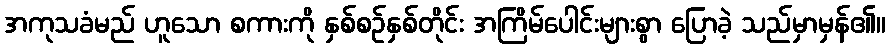
အကုသခံမည် ဟူသော စကားကို နှစ်စဉ်နှစ်တိုင်း အကြိမ်ပေါင်းများစွာ ပြောခဲ့ သည်မှာမှန်၏။